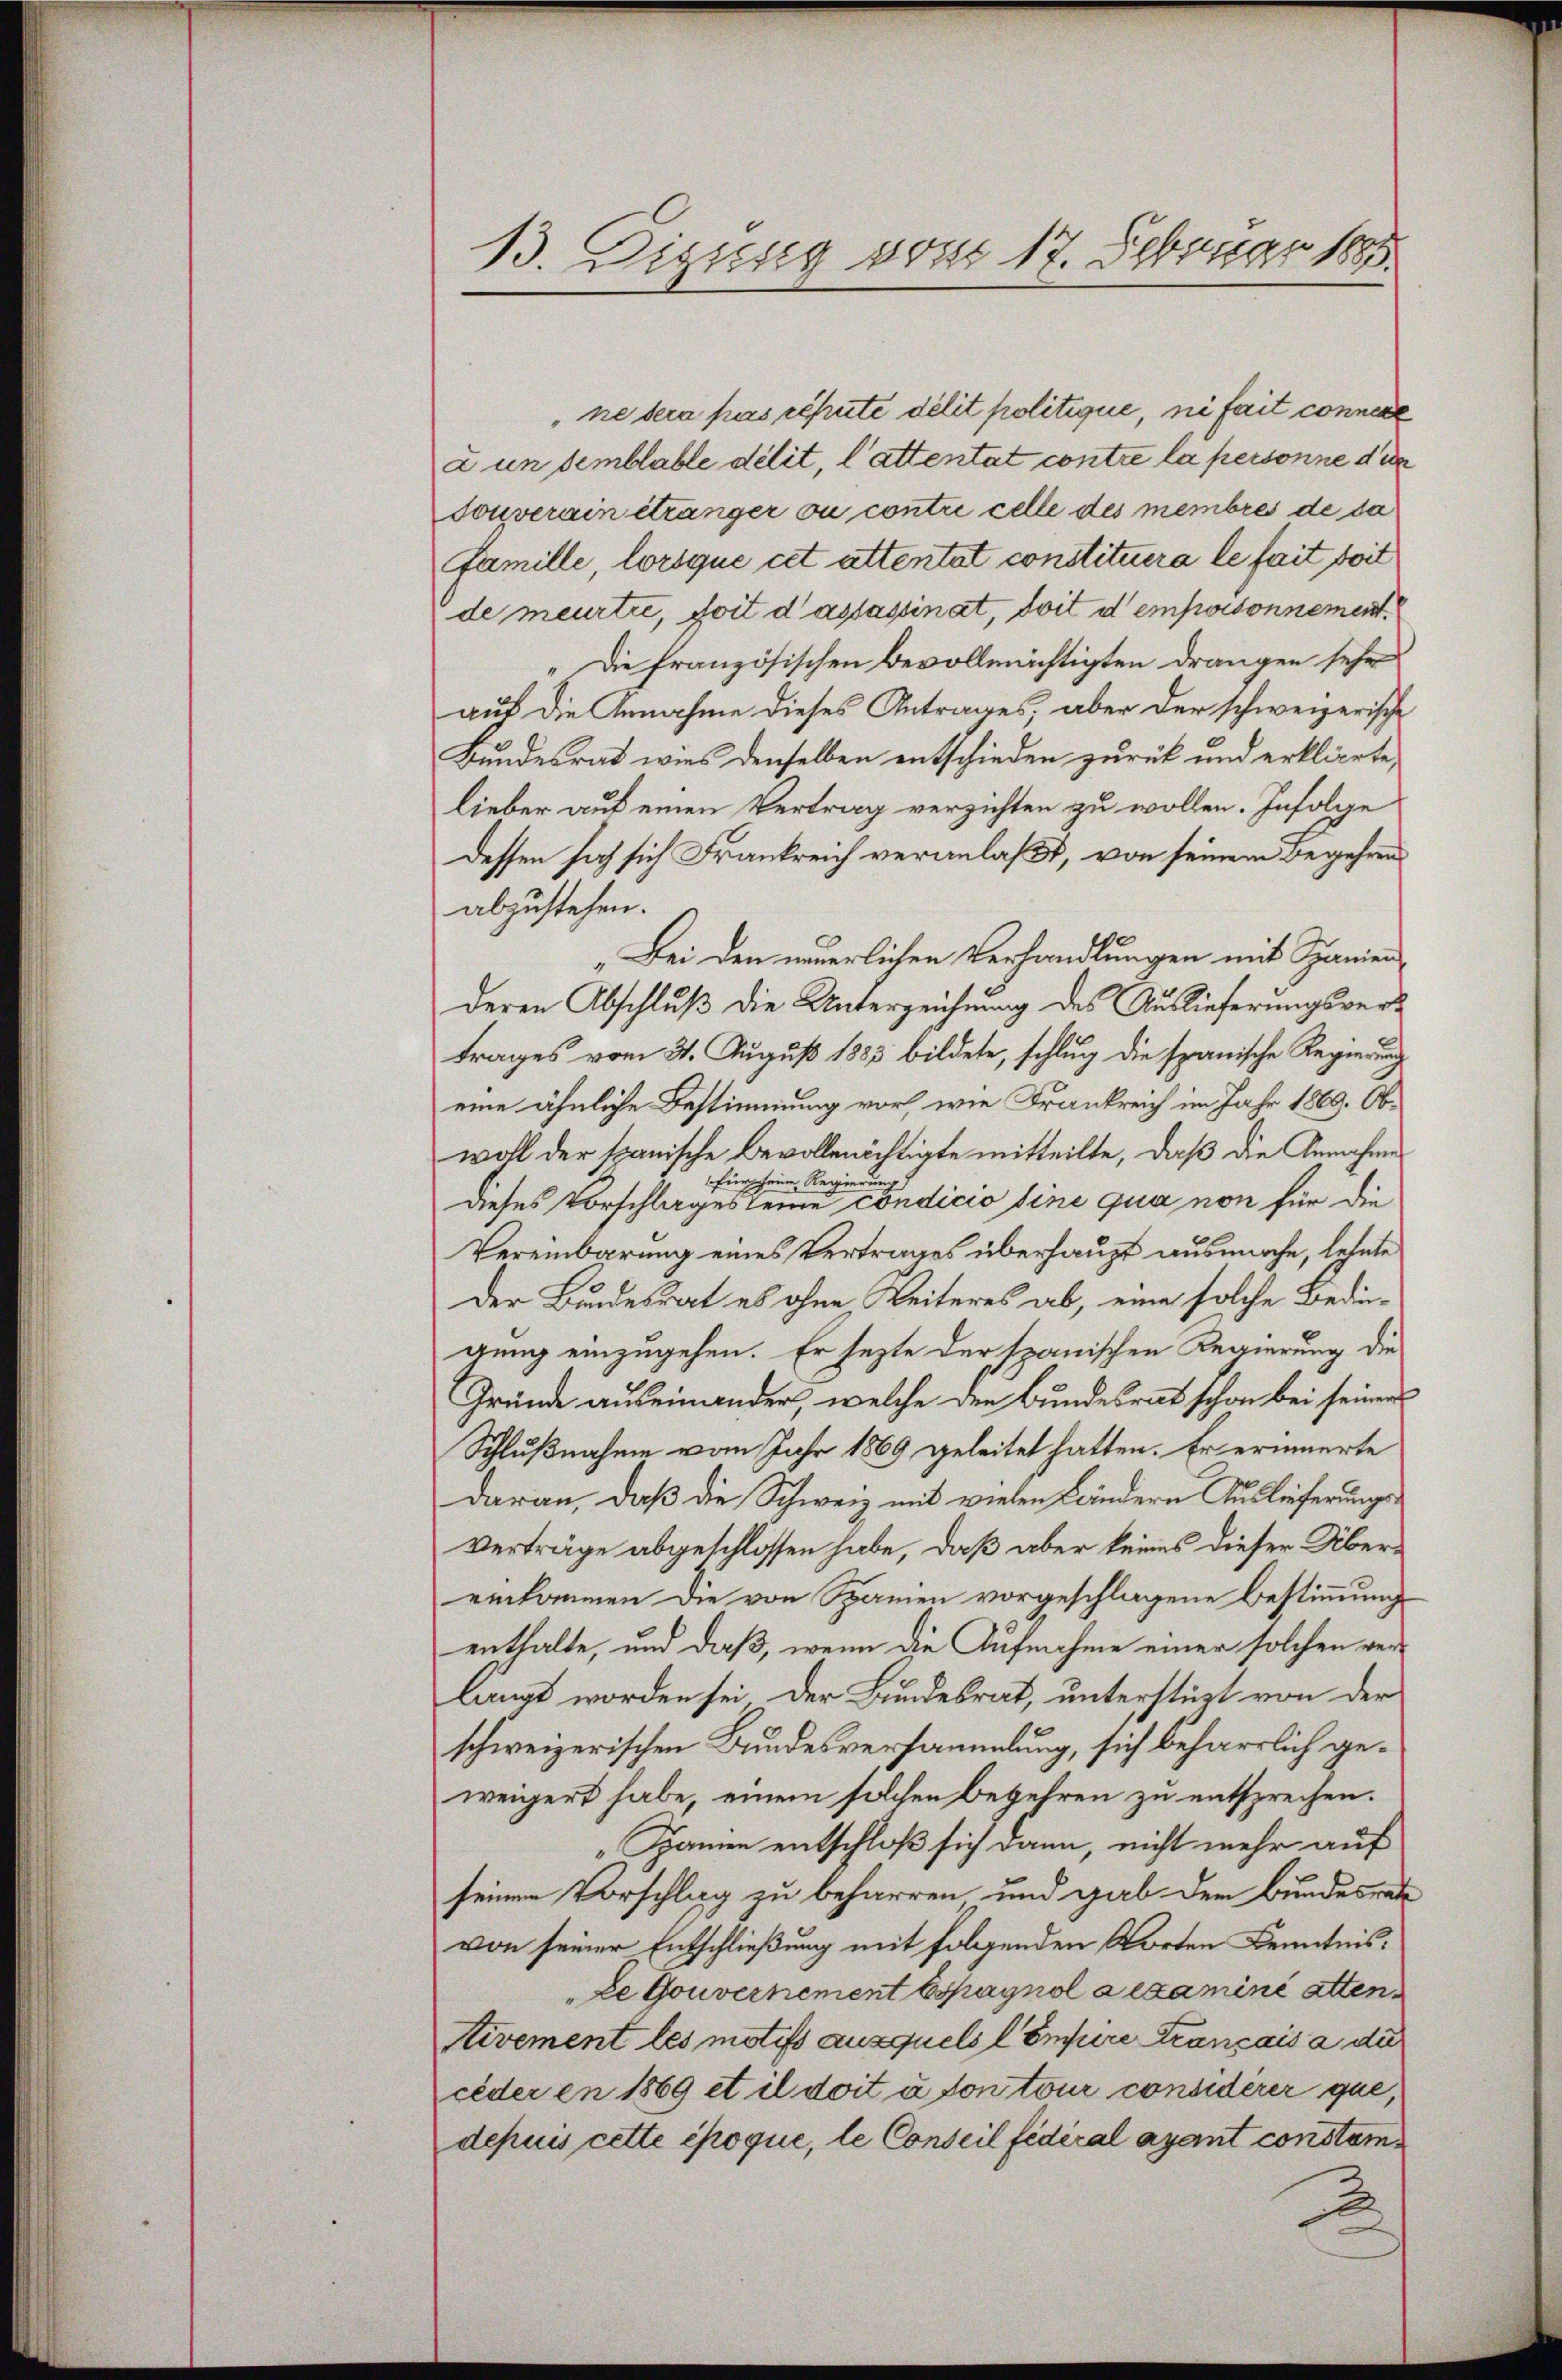
13. Diguesig vom 17. Februar 1883.

"ne dera pas réputé délit politique, ni fait connere
a un semblable délit, l’attentat contre la personne die
Touverain étranger ou contri celle des membres de da
Famille, lorsque cet attentat constituera le fait soit
de meurtie, soit d’assassinat, doit d empossonnement¬
" Die französischen Bevollmächtigten drangen sehr
auf die Annahme dieses Antrages, aber der schweizerische
Bundesrat wies denselben entschieden zurück und erklärte,
lieber auf einen Vertrag verzichten zu wollen. Infolge
dessen sich sich Frankreich veranlaßt, von seinem Begehren
abzustehen.
„Bei den neuerlichen Verhandlungen mit Spanien
deren Abschluß die Unterzeichnung des Auslieferungsvertrages vom 31. August 1883 bildete, schlug die spanische Regierung
eine ähnliche Bestimmung vor, wie Frankreich im Jahr 1869. Obwohl der spanische Bevollmächtigte mitteilte, daß die Annahme
 Regieru
ürche
dieses Vorschlages seine condicio sine qua non für die
Vereinbarung eines Vertrages überhaupt ausmache, letzte
Der Bundesrat es ohne Weiteres ab, eine solche Bedingung einzugehen. Er sezte der spanischen Regierung die
Gründe auseinander, welche den Bundesrat schon bei seiner
Schlußnahme vom Jahr 1869 geleitet hatten. Er erinnerte
daran, daß die Schweiz mit vielen Ländern Auslieferungs¬
Verträge abgeschlossen habe, daß aber keines dieser Übereinkommen die von Spanien vorgeschlagene Bestimmungsenthalte, und daß, wenn die Aufnahme einer solchen verlangt worden sei der Bundesrat, unterstüzt von der
schweizerischen Bundesversammlung, sich beharrlich geweigert habe, einem solchen Begehren zu entsprechen.
„Samen entschloß sich dann, nicht mehr auf
seinem Vorschlag zu beharren und gab der Bundesrat
von seiner Entschließung mit folgenden Worten Kenntnis¬
Le Gouvernement Espagnolaexamini atten
ivement les motifs ausquels Compire trançais a die
ceder en 1869 et il doit à sontour considerer que,
depuis cette époque, le Conseil fédéral ayant constem
2